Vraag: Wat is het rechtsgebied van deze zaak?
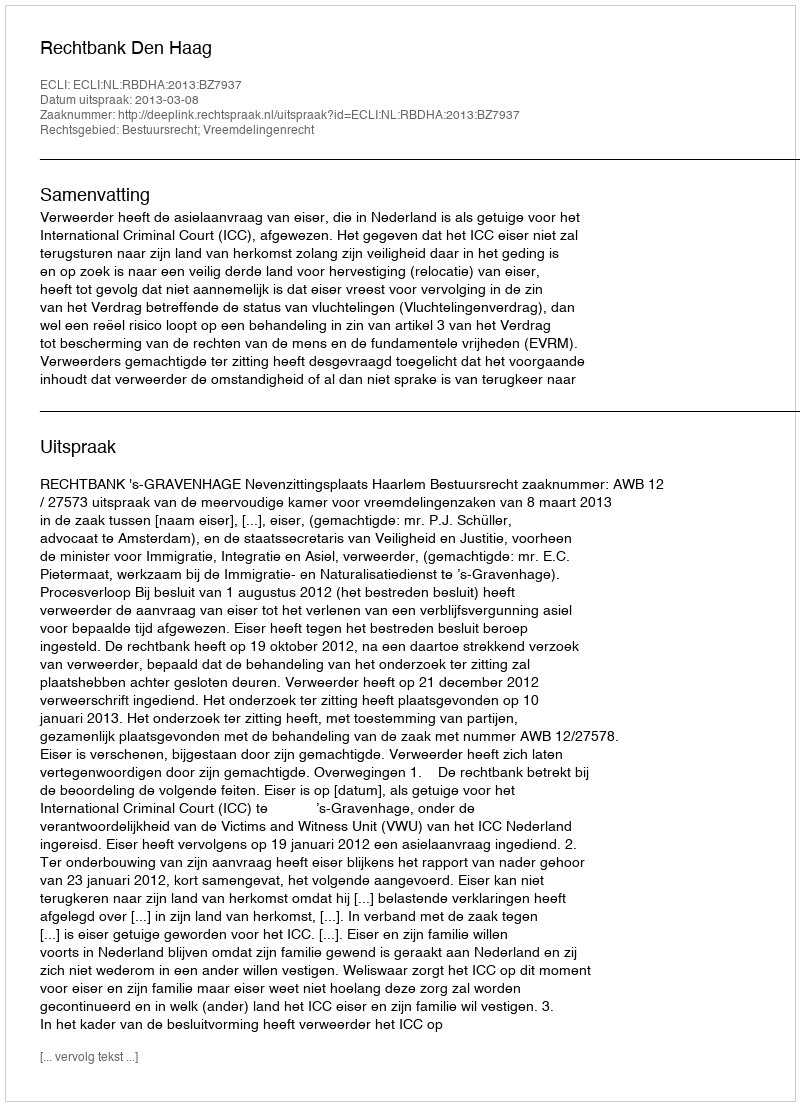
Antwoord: Bestuursrecht; Vreemdelingenrecht